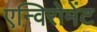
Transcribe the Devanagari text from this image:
एन्विरोमेंट